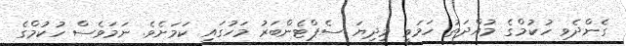
ގެންދެވި ހުކުމްގެ މުއްދަތު ހަމަވީ މިދިޔަ ސެޕްޓެންބަރު މަހުގައި ކަމަށެވެ. ނަމަވެސް ހުކުމްގެ